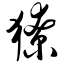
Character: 獠